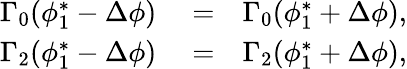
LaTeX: \begin{array}{rlr}{\Gamma_{0}(\phi_{1}^{*}-\Delta\phi)}&{{}=}&{\Gamma_{0}(\phi_{1}^{*}+\Delta\phi),}\\ {\Gamma_{2}(\phi_{1}^{*}-\Delta\phi)}&{{}=}&{\Gamma_{2}(\phi_{1}^{*}+\Delta\phi),}\end{array}